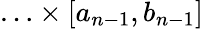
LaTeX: \ldots\times\left[a_{n-1},b_{n-1}\right]